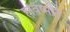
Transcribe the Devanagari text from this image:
हविष्मति